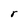
Character: r